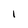
Character: I